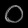
Digit: ၀